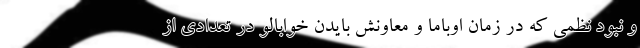
و نبود نظمی که در زمان اوباما و معاونش بایدن خوابالو در تعدادی از